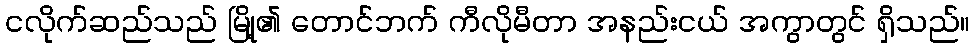
ငလိုက်ဆည်သည် မြို့၏ တောင်ဘက် ကီလိုမီတာ အနည်းငယ် အကွာတွင် ရှိသည်။